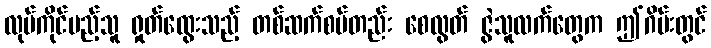
လုပ်ကိုင်မည့်သူ ရှုတ်ထွေးသည့် တစ်ဆက်စပ်တည်း စေလွတ် ဇွဲသူလက်တွေက ဤဂိမ်းတွင်